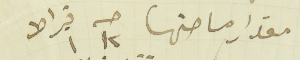
مقدار مساحتها حـه ١٢ قيراط ١